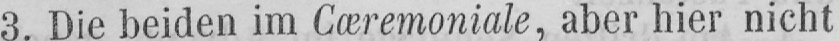
3. Die beiden im Cæremoniale, aber hier nicht